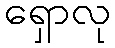
ရှောလု